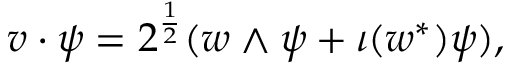
v \cdot \psi = 2 ^ { \frac { 1 } { 2 } } ( w \wedge \psi + \iota ( w ^ { * } ) \psi ) ,